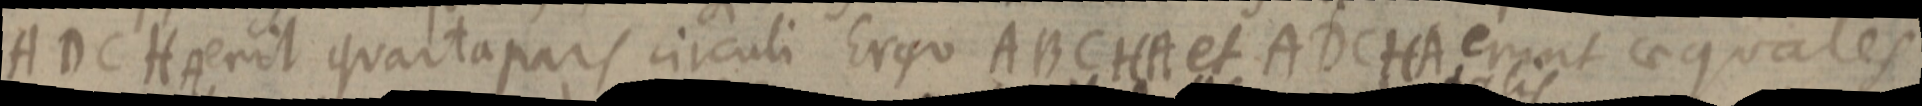
ADC HA erit quarta pars circuli Ergo ABCHA et ADCHA erunt aequales